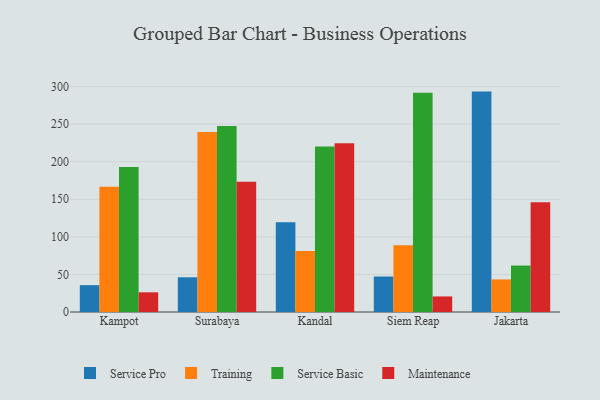
{"axis": {"x": "City", "y": "Net Income (USD K)"}, "legend": ["Maintenance", "Service Basic", "Service Pro", "Training"], "data": [{"x": "Kampot", "y": 35.7, "type": "Service Pro"}, {"x": "Kampot", "y": 166.6, "type": "Training"}, {"x": "Kampot", "y": 193.0, "type": "Service Basic"}, {"x": "Kampot", "y": 26.2, "type": "Maintenance"}, {"x": "Surabaya", "y": 46.2, "type": "Service Pro"}, {"x": "Surabaya", "y": 239.7, "type": "Training"}, {"x": "Surabaya", "y": 247.4, "type": "Service Basic"}, {"x": "Surabaya", "y": 173.3, "type": "Maintenance"}, {"x": "Kandal", "y": 119.3, "type": "Service Pro"}, {"x": "Kandal", "y": 81.2, "type": "Training"}, {"x": "Kandal", "y": 220.3, "type": "Service Basic"}, {"x": "Kandal", "y": 224.5, "type": "Maintenance"}, {"x": "Siem Reap", "y": 47.2, "type": "Service Pro"}, {"x": "Siem Reap", "y": 88.9, "type": "Training"}, {"x": "Siem Reap", "y": 291.9, "type": "Service Basic"}, {"x": "Siem Reap", "y": 20.7, "type": "Maintenance"}, {"x": "Jakarta", "y": 293.3, "type": "Service Pro"}, {"x": "Jakarta", "y": 43.4, "type": "Training"}, {"x": "Jakarta", "y": 61.8, "type": "Service Basic"}, {"x": "Jakarta", "y": 145.9, "type": "Maintenance"}]}